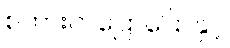
စကားတပြောပြောနှင့်